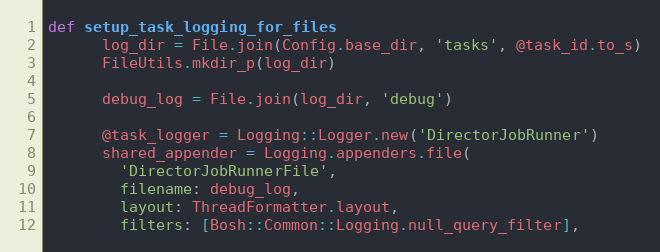
Language: Ruby
def setup_task_logging_for_files
      log_dir = File.join(Config.base_dir, 'tasks', @task_id.to_s)
      FileUtils.mkdir_p(log_dir)

      debug_log = File.join(log_dir, 'debug')

      @task_logger = Logging::Logger.new('DirectorJobRunner')
      shared_appender = Logging.appenders.file(
        'DirectorJobRunnerFile',
        filename: debug_log,
        layout: ThreadFormatter.layout,
        filters: [Bosh::Common::Logging.null_query_filter],